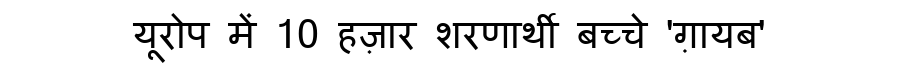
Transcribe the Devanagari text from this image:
यूरोप में 10 हज़ार शरणार्थी बच्चे 'ग़ायब'